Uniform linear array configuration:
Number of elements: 4
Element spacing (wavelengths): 1
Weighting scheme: binomial
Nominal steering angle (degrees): -45
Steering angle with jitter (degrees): -43.517
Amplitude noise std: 0.05
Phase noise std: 0.05

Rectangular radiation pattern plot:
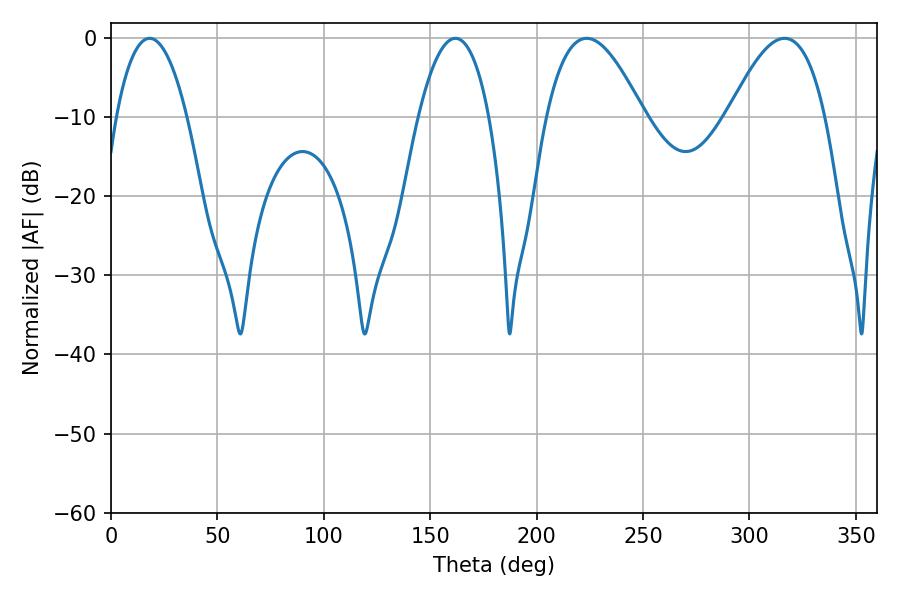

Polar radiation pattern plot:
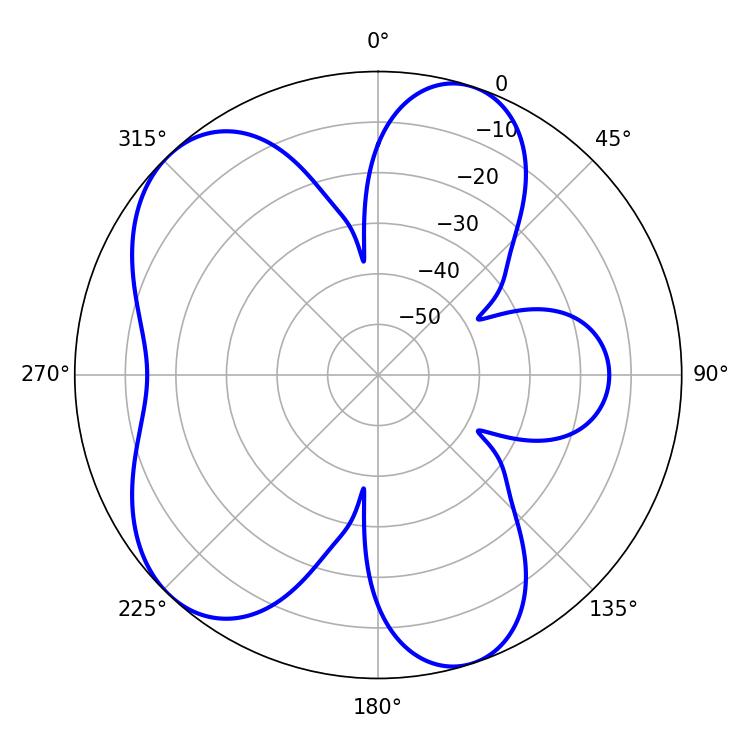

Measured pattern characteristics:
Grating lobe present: TRUE
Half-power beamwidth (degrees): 18.54
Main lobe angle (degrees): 18.18